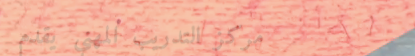
مركز التدريب المهني يقدم